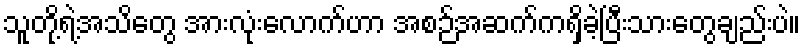
သူတို့ရဲ့အသိတွေ အားလုံးလောက်ဟာ အစဉ်အဆက်ကရှိခဲ့ပြီးသားတွေချည်းပဲ။